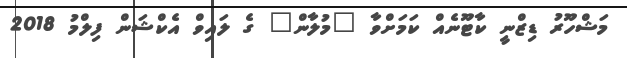
މަޝްހޫރު ޑިޒްނީ ކާޓޫނެއް ކަމަށްވާ "މުލާން" ގެ ލައިވް އެކްޝަން ފިލްމު 2018